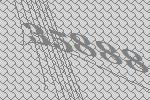
35888